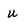
Character: u